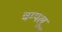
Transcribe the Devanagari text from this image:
चम्पलू